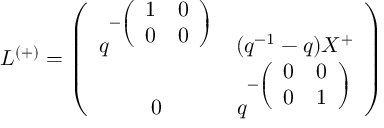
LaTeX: L ^ { ( + ) } = \left( \begin{array} { c c } { { q ^ { - \left( \begin{array} { c c } { { 1 } } & { { 0 } } \\ { { 0 } } & { { 0 } } \end{array} \right) } } } & { { ( q ^ { - 1 } - q ) X ^ { + } } } \\ { { 0 } } & { { q ^ { - \left( \begin{array} { c c } { { 0 } } & { { 0 } } \\ { { 0 } } & { { 1 } } \end{array} \right) } } } \end{array} \right)